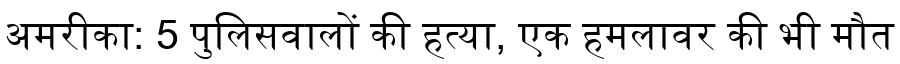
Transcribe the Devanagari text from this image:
अमरीका: 5 पुलिसवालों की हत्या, एक हमलावर की भी मौत